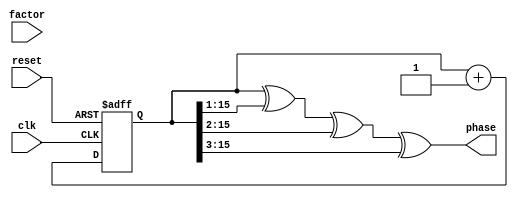
module gray_counter_clock_divider (
    input wire clk,
    input wire reset,
    input wire [15:0] factor,
    output wire [15:0] phase
);

reg [15:0] gray_counter;

always @(posedge clk or posedge reset) begin
    if (reset) begin
        gray_counter <= 16'h0000;
    end else begin
        gray_counter <= gray_counter + 1;
    end
end

assign phase = gray_counter ^ (gray_counter >> 1) ^ (gray_counter >> 2) ^ (gray_counter >> 3);

endmodule